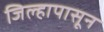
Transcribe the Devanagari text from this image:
जिल्हापासून